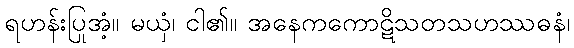
ရဟန်းပြုအံ့။ မယှံ၊ ငါ၏။ အနေကကောဋိသတသဟဿဓနံ၊